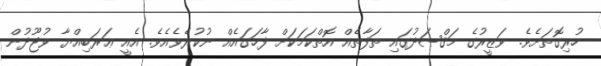
ހުރިގޮތަށެވެ. ވަޒީރުގެ މަޤްޞަދުގައި ތަފާތެއް އޮތްކަމަކަށް ފާހަގައެއް ނުކުރެވެއެވެ. އެއީ ޢަރަބިއްޔާ ވުޖޫދުން